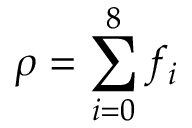
\rho = \sum _ { i = 0 } ^ { 8 } f _ { i }